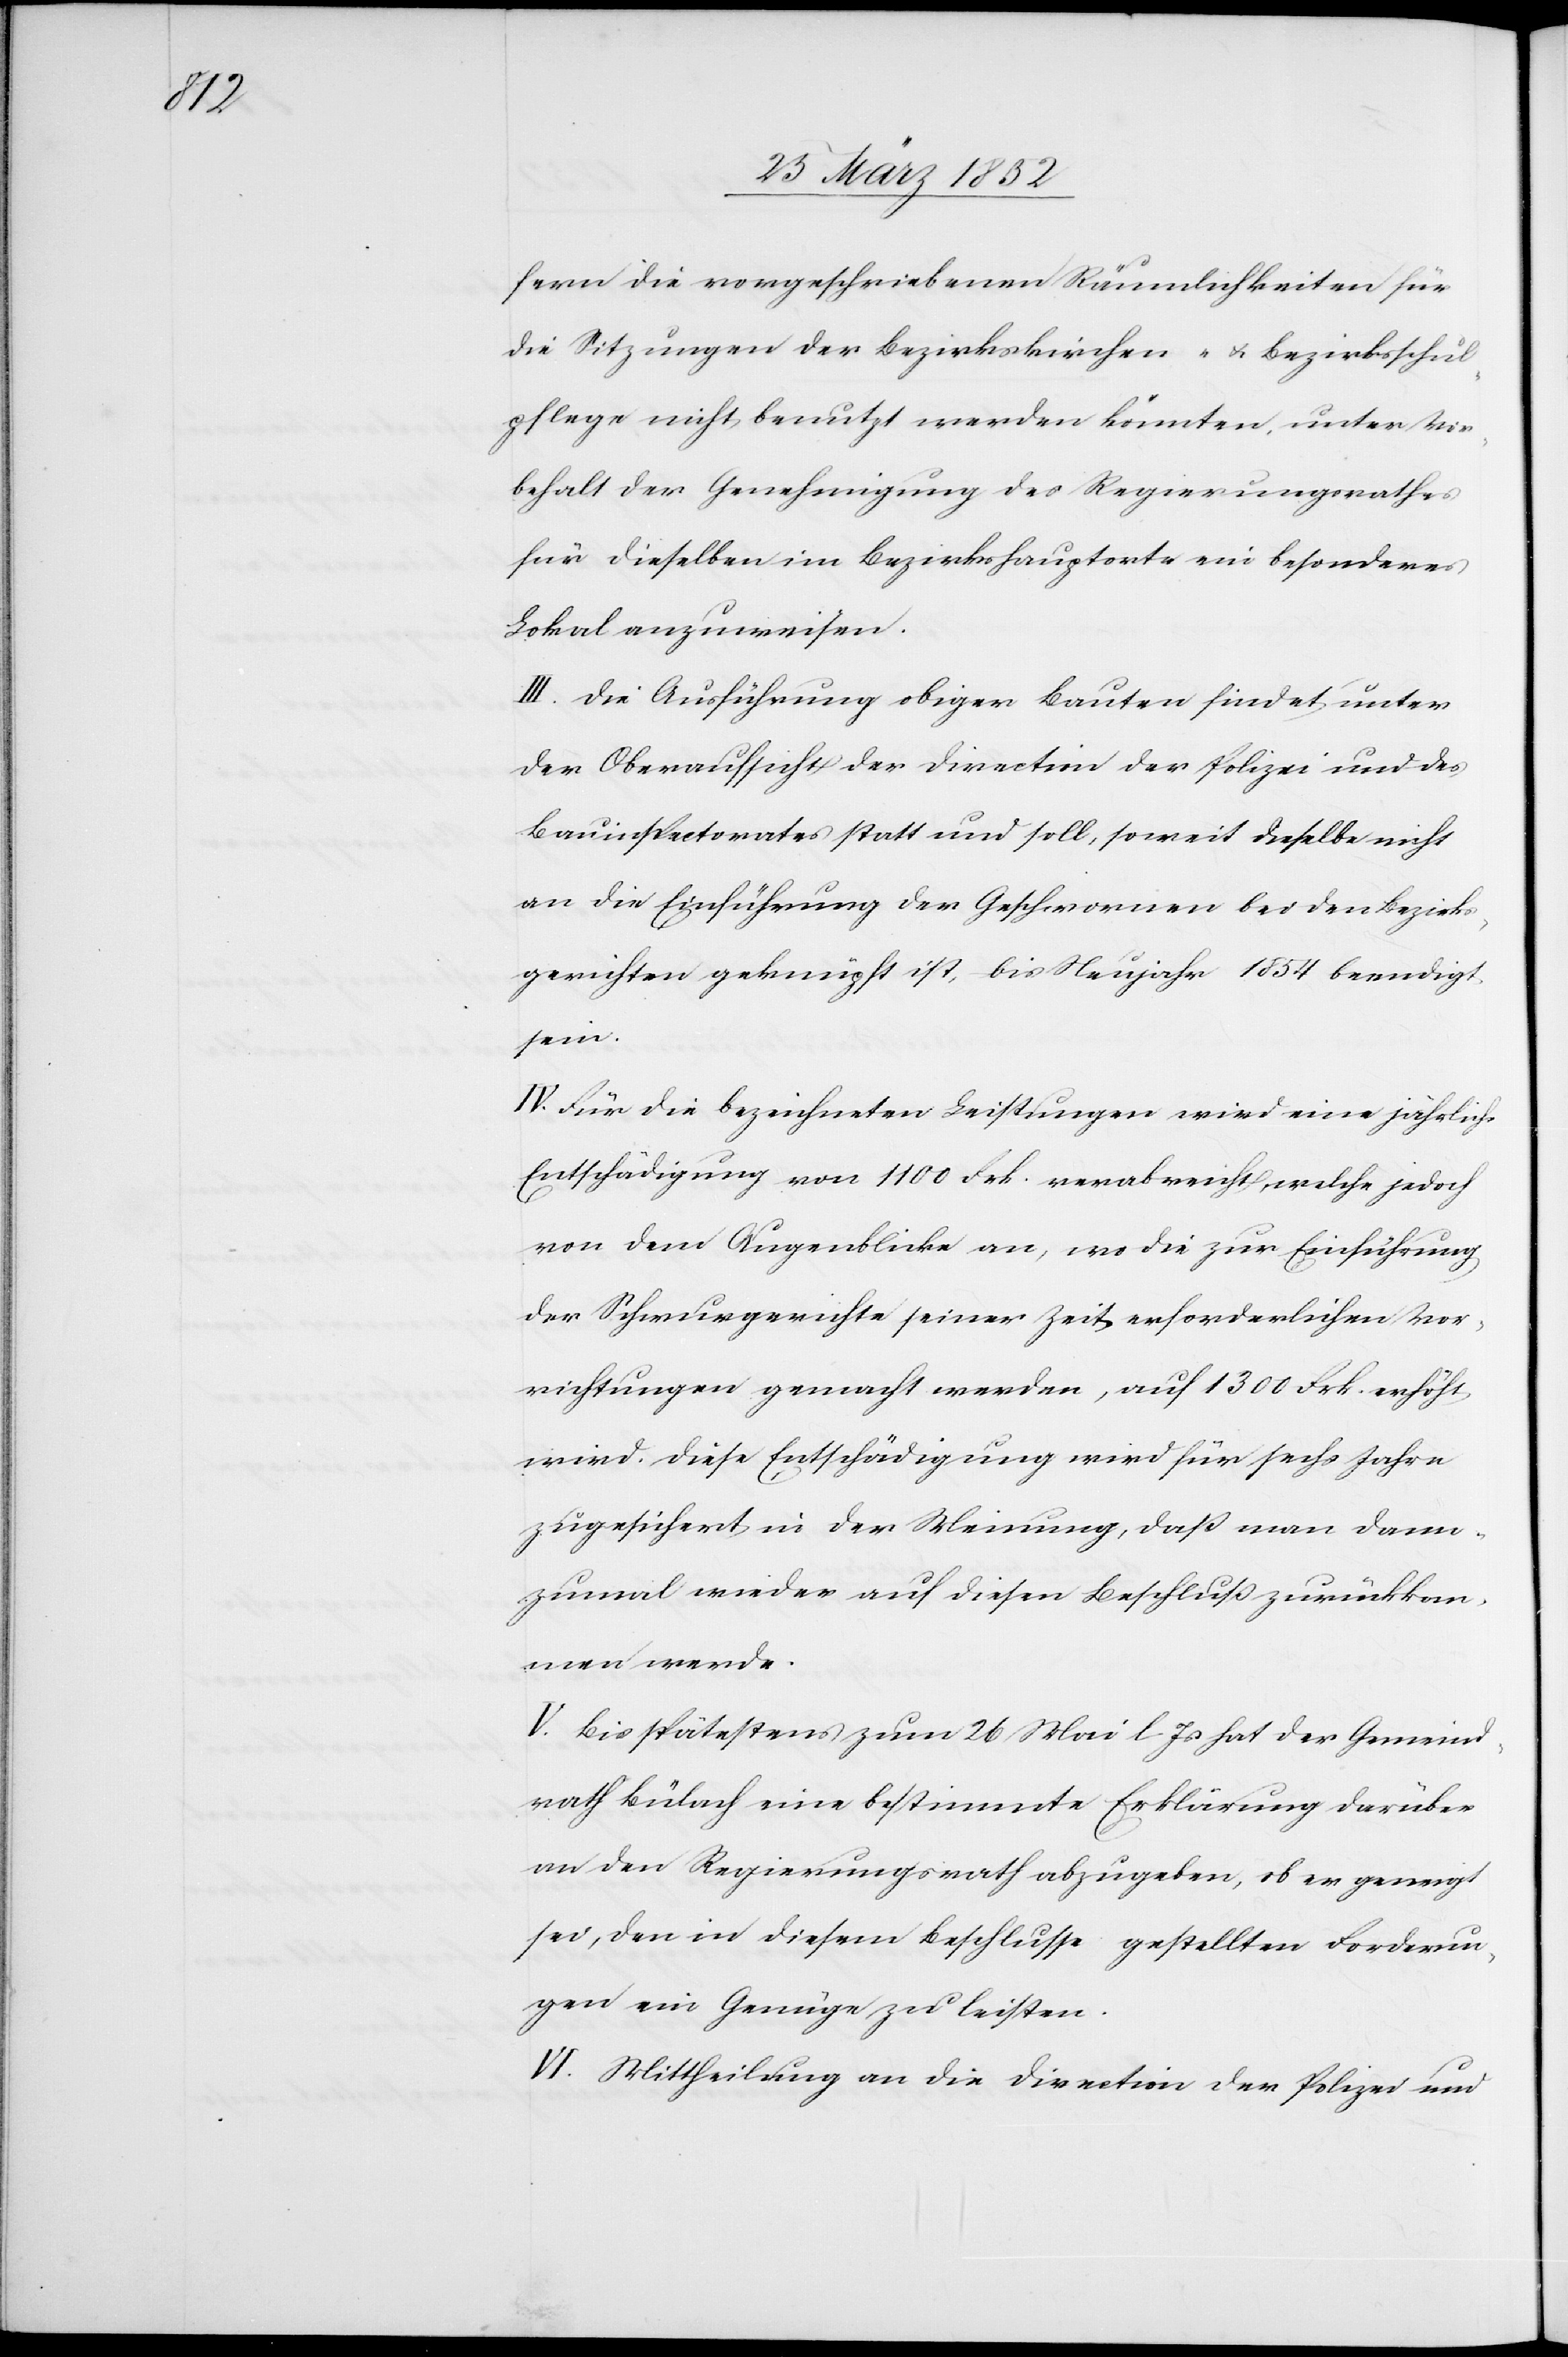
fern die vorgeschriebenen Räumlichkeiten für
die Sitzungen der Bezirkskirchen- u. Bezirksschul¬
pflege nicht benutzt werden könnten, unter Vor¬
behalt der Genehmigung des Regierungsrathes
für dieselben im Bezirkshauptorte ein besonderes
Lokal anzuweisen.
III. Die Ausführung obiger Bauten findet unter
der Oberaufsicht der Direction der Polizei und des
Bauinspectorates statt und soll, soweit dieselbe nicht
an die Einführung der Geschwornen bei den Bezirks¬
gerichten geknüpft ist, bis Neujahr 1854 beendigt
sein.
IV. Für die bezeichneten Leistungen wird eine jährliche
Entschädigung von 1100 Frk. verabreicht, welche jedoch
von dem Augenblicke an, wo die zur Einführung
der Schwurgerichte seiner Zeit erforderlichen Vor¬
richtungen gemacht werden, auf 1300 Frk. erhöht
wird. Diese Entschädigung wird für sechs Jahre
zugesichert in der Meinung, daß man dann¬
zumal wieder auf diesen Beschluß zurückkom¬
men werde.
V. Bis spätestens zum 26 Mai l. Js hat der Gemeind¬
rath Bülach eine bestimmte Erklärung darüber
an den Regierungsrath abzugeben, ob er geneigt
sei, den in diesem Beschlusse gestellten Forderun¬
gen ein Genüge zu leisten.
VI. Mittheilung an die Direction der Polizei und